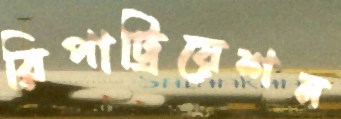
রিপাট্রিয়েশন